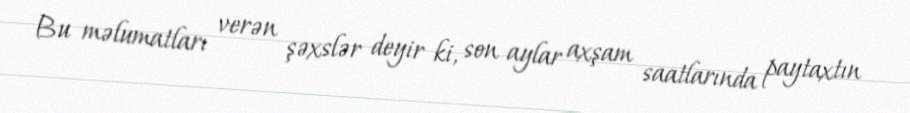
Bu məlumatları verən şəxslər deyir ki, son aylar axşam saatlarında paytaxtın